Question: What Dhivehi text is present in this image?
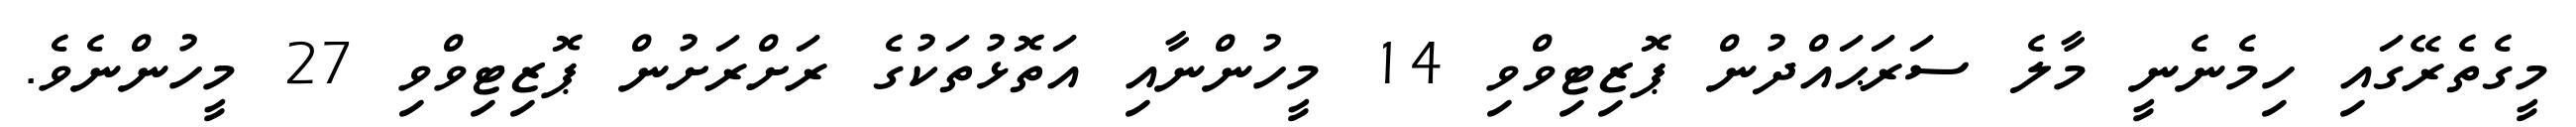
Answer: މީގެތެރޭގައި ހިމެނެނީ މާލެ ސަރަޙައްދުން ޕޮޒިޓިވްވި 14 މީހުންނާއި އަތޮޅުތަކުގެ ރަށްރަށުން ޕޮޒިޓިވްވި 27 މީހުންނެވެ.